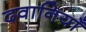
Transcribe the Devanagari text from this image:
दवानियाँ